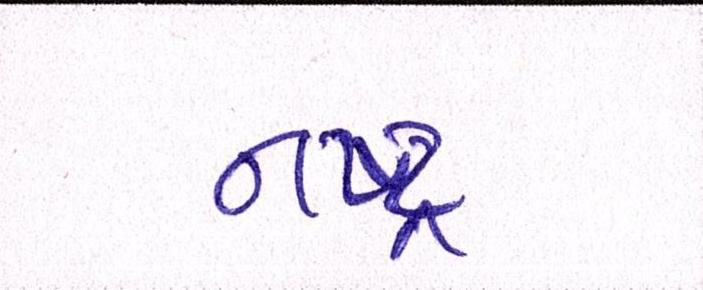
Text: નષ્ટ્ર